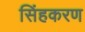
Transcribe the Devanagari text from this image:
सिंहकरण